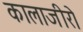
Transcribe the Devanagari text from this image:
कालाजीरो